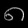
Digit: ၈